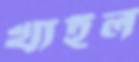
খাইল